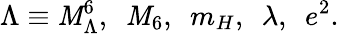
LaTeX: \Lambda\equiv\mathit{M}_{\Lambda}^{6},\, \, \, \mathit{M}_{6},\, \, \, m_{H},\, \, \, \lambda,\, \, \, e^{2}.